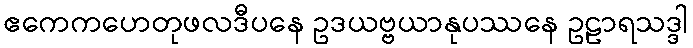
ဧကေကဟေတုဖလဒီပနေ ဥဒယဗ္ဗယာနုပဿနေ ဥဠာရသဒ္ဒါ